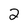
Character: 2